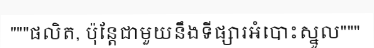
"""ផលិត, ប៉ុន្តែជាមួយនឹងទីផ្សារអំបោះស្នូល"""